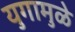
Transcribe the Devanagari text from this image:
युगामुळे